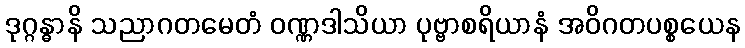
ဒုဂ္ဂန္ဓာနိ သညာဂတမေတံ ဝဏ္ဏဒါသိယာ ပုဗ္ဗာစရိယာနံ အဝိဂတပစ္စယေန